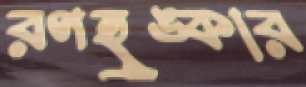
রণহুঙ্কার